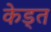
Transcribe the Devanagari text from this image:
केड्त